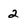
Character: 2